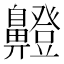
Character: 𮮸